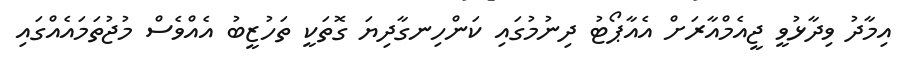
އިމާދު ވިދާޅުވީ ޖީއެމްއާރަށް އެއާޕޯޓު ދިނުމުގައި ކަންހިނގާދިޔަ ގޮތަކީ ތަހުޒީބު އެއްވެސް މުޖުތަމައެއްގައި